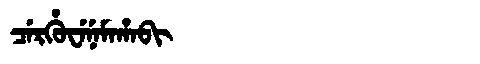
Manchu: ᠴᡝᡵᡥᡠᠸᡝᠨᡝᠮᠠᡥᠠᠪᡳ
Romanization: CERHUWENEMAHABI